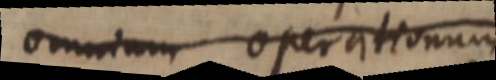
omnium operationum